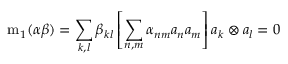
\mathrm { m } _ { 1 } ( \alpha \beta ) = \sum _ { k , l } \beta _ { k l } \left[ \sum _ { n , m } \alpha _ { n m } a _ { n } a _ { m } \right] a _ { k } \otimes a _ { l } = 0